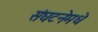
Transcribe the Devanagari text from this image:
संघटनेमधे